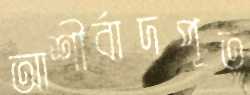
আশীর্বাদপূত